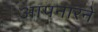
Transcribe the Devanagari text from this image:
आपनारने